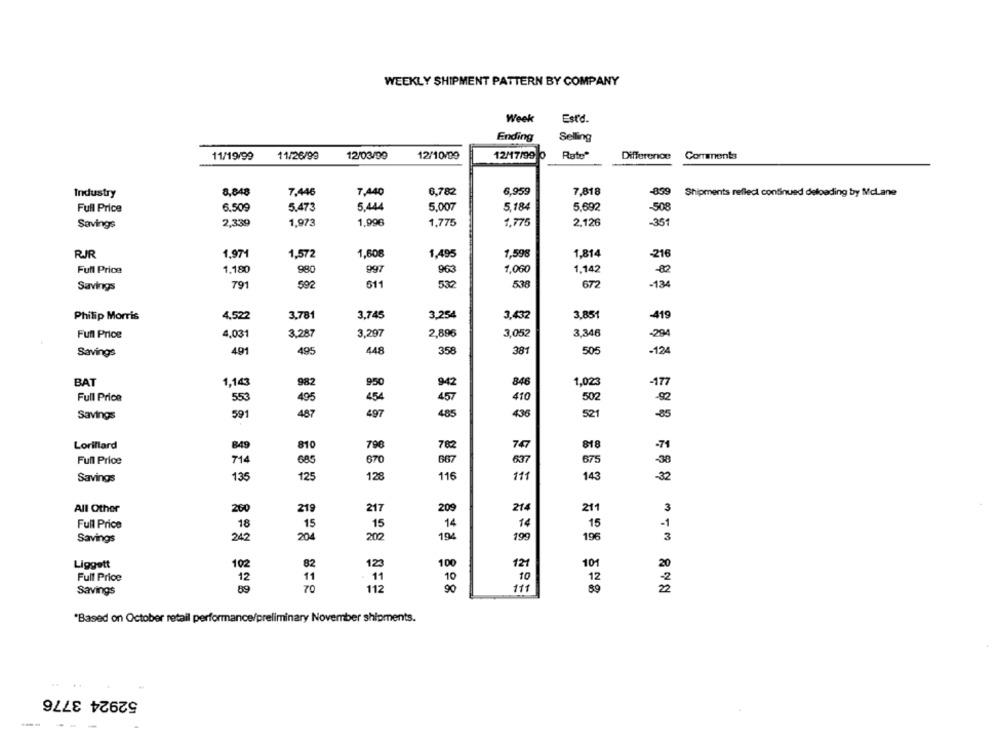
WEEKLY SHIPMENT PATTERN BY COMPANY
Week
Estd.
Ending
Selling
11/19/99
11/26/99
12/03/99
12/10/99
12/17/99 %
Rate"
Difference
Comments
Industry
8,848
7.446
7,440
6,782
6,959
7,818
-859
Shipments reflect continued deloading by Mclane
Full Price
6.509
5.473
5.444
5.007
5.184
5.692
-508
2,339
1,973
1,996
1,775
1,775
2,126
-351
Savings
1.971
1,608
1.598
1.814
RJR
1,572
1.495
-216
1,180
997
1.142
Full Price
980
963
1,060
592
672
Savings
791
611
532
538
-134
Philip Morris
4,522
3.781
3.745
3,254
3,432
3.851
-419
Full Price
3.287
3,297
2,896
3,052
3.346
4,031
-294
Savings
491
495
448
358
381
505
-124
BAT
1,143
982
950
942
846
1,023
-177
Full Price
553
495
454
457
410
502
591
487
497
485
436
521
-85
Savings
Lorillard
790
747
849
810
782
818
-71
Full Price
685
670
667
637
675
-38
714
Savings
135
125
128
116
111
143
-32
All Other
260
219
217
209
214
211
Full Price
18
15
15
14
14
15
Savings
242
204
202
194
199
196
Liggett
82
123
100
121
101
102
Full Price
11
10
12
11
10
Savings
70
112
90
111
89
*Based on October retail performance/preliminary November shipments.
52924 3776
--